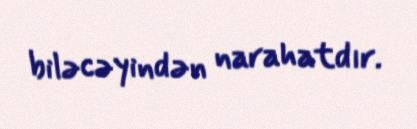
biləcəyindən narahatdır.